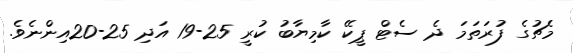
މެޗުގެ ފުރަތަމަ ދެ ސެޓް ޕީކޭ ކާމިޔާބު ކުރީ 25-19 އަދި 25-20އިންނެވެ.